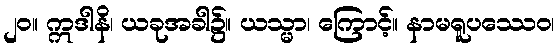
၂၀။ ဣဒါနိ၊ ယခုအခါ၌။ ယသ္မာ၊ ကြောင့်။ နာမရူပဿေဝ၊